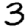
Digit: 3